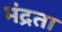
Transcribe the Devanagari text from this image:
मंद्रता